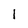
Character: 1